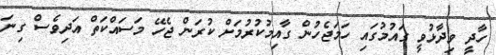
ހާދީ ވިދާޅުވީ ގައުމުގައި ހަމަޖެހުން ގާއިމުކުރުމަށް ކުރަން ޖެހޭ މަސައްކަތް އަދިވެސް ގިނަ